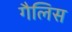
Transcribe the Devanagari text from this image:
गैलिस